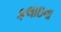
કલાઇના